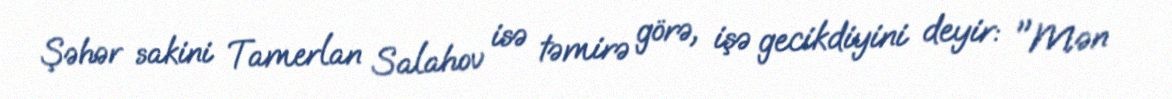
Şəhər sakini Tamerlan Salahov isə təmirə görə, işə gecikdiyini deyir: "Mən